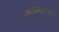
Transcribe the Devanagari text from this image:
अफ्रिकानेर